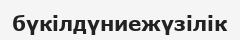
бүкілдүниежүзілік